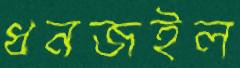
ধনজইল